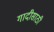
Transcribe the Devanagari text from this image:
गादीसाठी